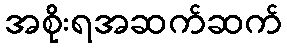
အစိုးရအဆက်ဆက်